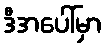
ဒီအပေါ်မှာ